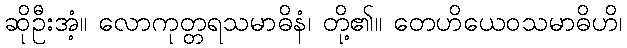
ဆိုဦးအံ့။ လောကုတ္တရသမာဓိနံ၊ တို့၏။ တေဟိယေဝသမာဓိဟိ၊